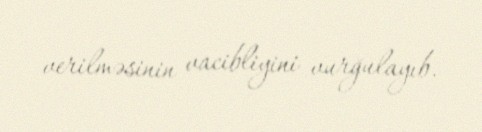
verilməsinin vacibliyini vurğulayıb.